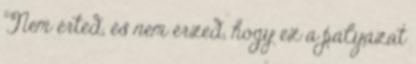
Nem érted, és nem érzed, hogy ez a pályázat